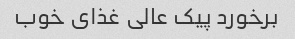
برخورد پیک عالی غذای خوب